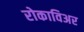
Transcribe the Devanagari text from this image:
रोकाविअर